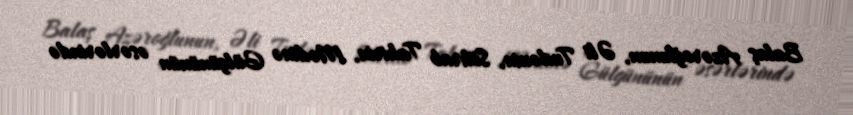
Balaş Azəroğlunun, Əli Tudənin, Söhrab Tahirin, Mədinə Gülgününün əsərlərində